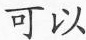
可以